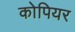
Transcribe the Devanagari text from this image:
कोपियर